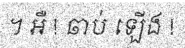
។ អឺ ! ឆាប់ ឡើង !